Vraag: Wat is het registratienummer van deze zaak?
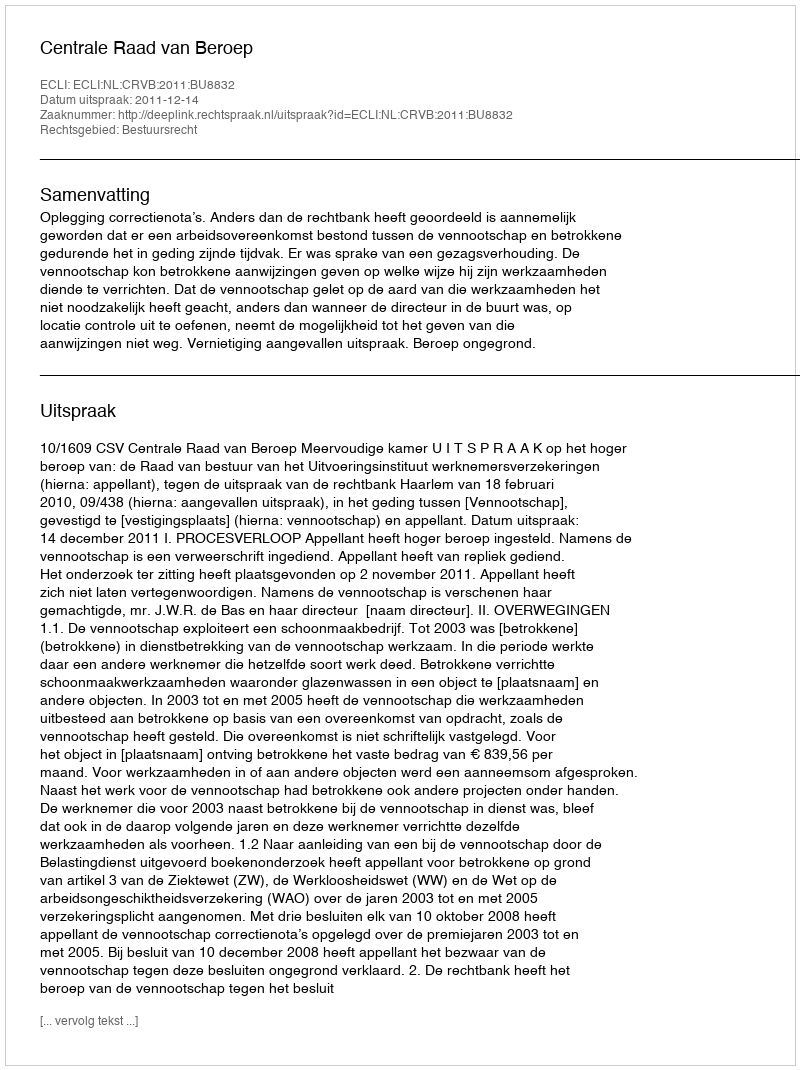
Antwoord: http://deeplink.rechtspraak.nl/uitspraak?id=ECLI:NL:CRVB:2011:BU8832